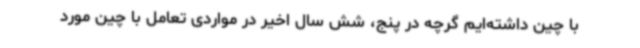
با چین داشته‌ایم گرچه در پنج، شش سال اخیر در مواردی تعامل با چین مورد